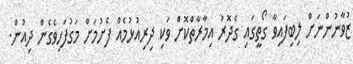
ޒުވާނުންނަށް ލިބިފައިވާ ގޯތީގައި ގެދޮރު އިމާރާތްކޮށް ވަކި ދިރިއުޅުމެއް ފެށުމަށް މަގުފަހިވެގެން ދިއުން.